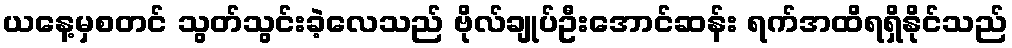
ယနေ့မှစတင် သွတ်သွင်းခဲ့လေသည် ဗိုလ်ချုပ်ဦးအောင်ဆန်း ရက်အထိရရှိနိုင်သည်